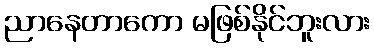
ညာနေတာကော မဖြစ်နိုင်ဘူးလား